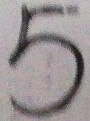
5